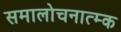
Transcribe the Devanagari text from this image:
समालोचनात्म्क